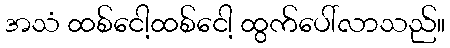
အသံ ထစ်ငေါ့ထစ်ငေါ့ ထွက်ပေါ်လာသည်။